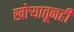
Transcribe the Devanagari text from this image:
खोर्‍यातूनही